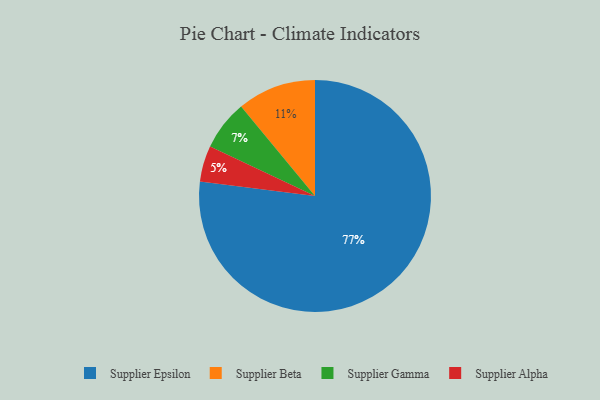
{"axis": {"x": "Category", "y": "Percentage"}, "legend": ["Supplier Alpha", "Supplier Beta", "Supplier Epsilon", "Supplier Gamma"], "data": [{"x": "Supplier Epsilon", "y": 77, "type": "Supplier Epsilon"}, {"x": "Supplier Alpha", "y": 5, "type": "Supplier Alpha"}, {"x": "Supplier Gamma", "y": 7, "type": "Supplier Gamma"}, {"x": "Supplier Beta", "y": 11, "type": "Supplier Beta"}]}